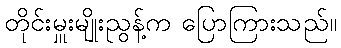
တိုင်းမှူးမျိုးညွန့်က ပြောကြားသည်။